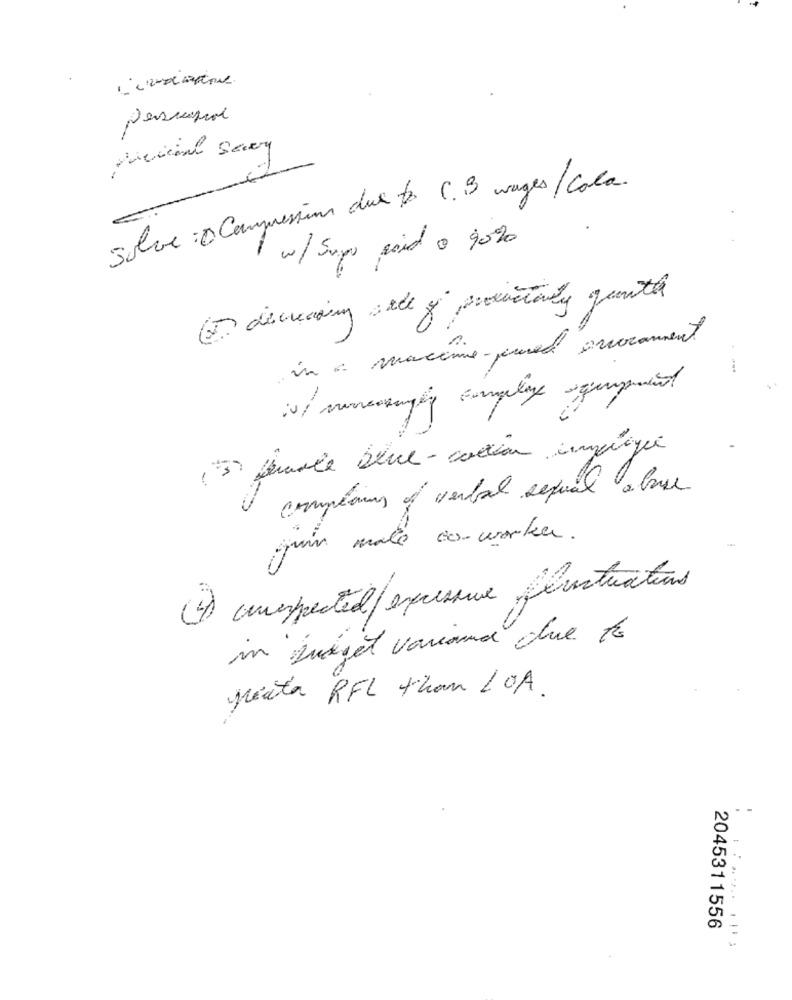
personal
Solve : Compression due to C.B wages/Cola.
w/ Supo poid o 90%
(D decreasing a de of productanty guenth
in a macine-pure avvocament
--
(3) female blue-caution implique
complains of verbal sexual abuse
juin male co-worker .
(4) unexpected/ expressure frustrations
in udget variaund due to
ponta RFL than LOA.
.
-
2045311556